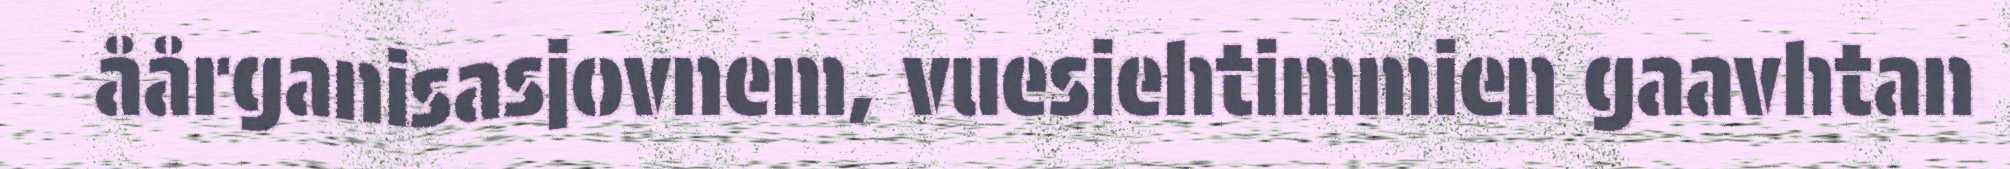
åårganisasjovnem, vuesiehtimmien gaavhtan